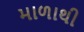
માળાથી